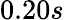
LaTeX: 0.20s